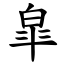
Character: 皐